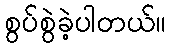
စွပ်စွဲခဲ့ပါတယ်။